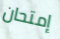
إمتحان